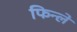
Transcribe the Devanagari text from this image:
फिन्ले